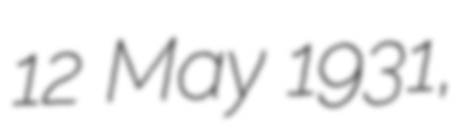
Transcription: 12 May 1931,